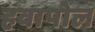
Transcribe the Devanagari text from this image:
हवापोल